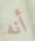
أنه